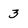
Character: 3